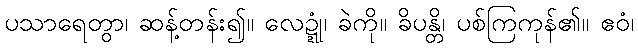
ပသာရေတွာ၊ ဆန့်တန်း၍။ လေဍ္ဍုံ၊ ခဲကို။ ခိပန္တိ၊ ပစ်ကြကုန်၏။ ဧဝံ၊